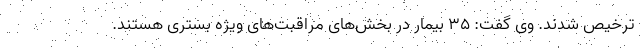
ترخیص شدند. وی گفت: ۳۵ بیمار در بخش‌های مراقبت‌های ویژه بستری هستند.